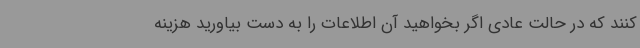
کنند که در حالت عادی اگر بخواهید آن اطلاعات را به دست بیاورید هزینه